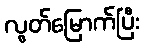
လွတ်မြောက်ပြီး